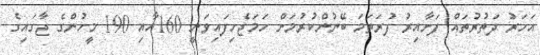
އަހަރު ދަތުރުތައް ފަށާއިރު ފުރަތަަމަ ބޭނުންކުރުމަށް ހަމަޖެހިފައިވަނީ 160އާއި 190 މީހުންގެ ޖާގައިގެ